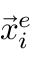
\vec { x } _ { i } ^ { e }